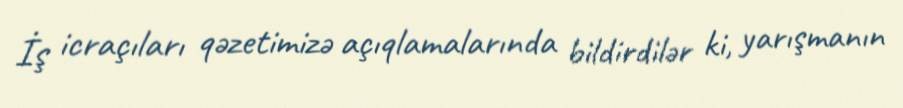
İş icraçıları qəzetimizə açıqlamalarında bildirdilər ki, yarışmanın